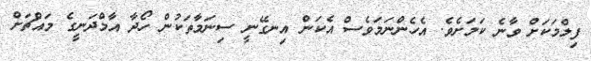
ފިލްމަކަށް ވާނެ ކަމަށެވެ. އެހެންނަމަވެސް އެކަން އިނގޭނީ ސިނަމާތަކުން ހޯދާ އާމްދަނީގެ މައްޗަށް